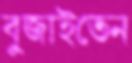
বুজাইতেন